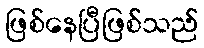
ဖြစ်နေပြီဖြစ်သည်